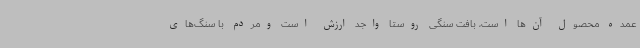
عمده محصول آن‌ها است، بافت سنگی روستا واجد ارزش است ومردم با سنگ‌های